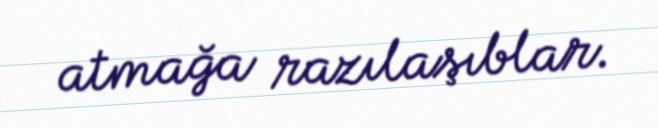
atmağa razılaşıblar.